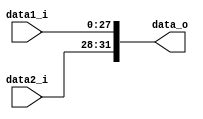
module Combine(
	data1_i,
	data2_i,
	data_o
);

input [27:0] data1_i;
input [3:0]  data2_i;
output [31:0] data_o;

assign data_o = {data2_i[3:0], data1_i[27:0]};

endmodule